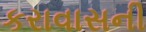
કરાવાસની